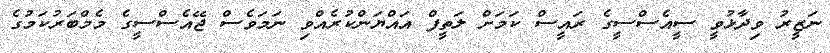
ނަޒީރު ވިދާޅުވީ ސީއެސްސީގެ ރައީސް ކަމަށް ލަތީފް އައްޔަންކުރެއްވި ނަމަވެސް ޖޭއެސްސީގެ މެމްބަރުކަމުގެ